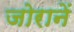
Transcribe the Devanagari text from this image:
जोरानें